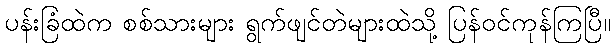
ပန်းခြံထဲက စစ်သားများ ရွက်ဖျင်တဲများထဲသို့ ပြန်ဝင်ကုန်ကြပြီ။